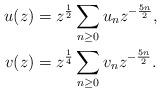
LaTeX: \begin{align*}u(z)&= z^{\frac{1}{2}} \sum_{n \geq 0} u_n z^{-\frac{5n}{2}}, \\v(z)&= z^{\frac{1}{4}} \sum_{n \geq 0} v_n z^{-\frac{5n}{2}}.\end{align*}